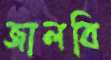
জালবি